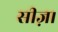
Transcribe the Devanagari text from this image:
सीज़।